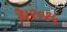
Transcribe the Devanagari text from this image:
है।२०१५